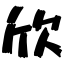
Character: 欣